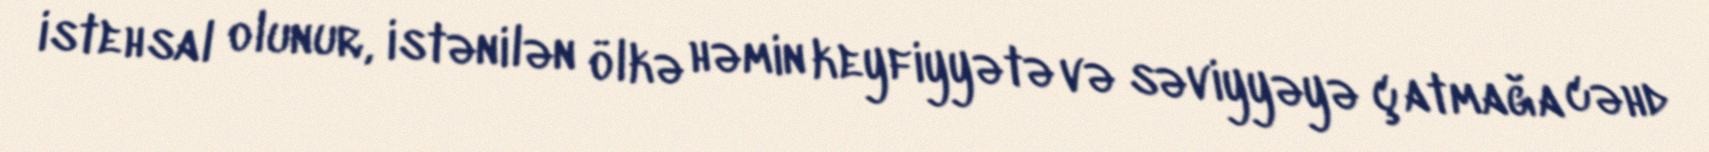
istehsal olunur, istənilən ölkə həmin keyfiyyətə və səviyyəyə çatmağa cəhd